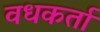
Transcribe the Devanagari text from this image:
वधकर्ता